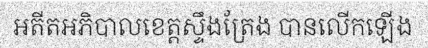
អតីតអភិបាលខេត្តស្ទឹងត្រែង បានលើកឡើង